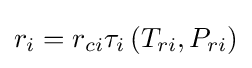
r_{i}=r_{ci}\tau _{i}\left(T_{ri},P_{ri}\right)